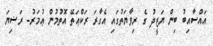
އައްސާއިބު ބިން ޔަޒީދު ގެ ރިވާޔަތުގައި އެގާރަ ރަކްޢަތޭ އޮތުމުން ޢުމަރު- ރަޟިޔަ